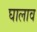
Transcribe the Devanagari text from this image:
घालाव